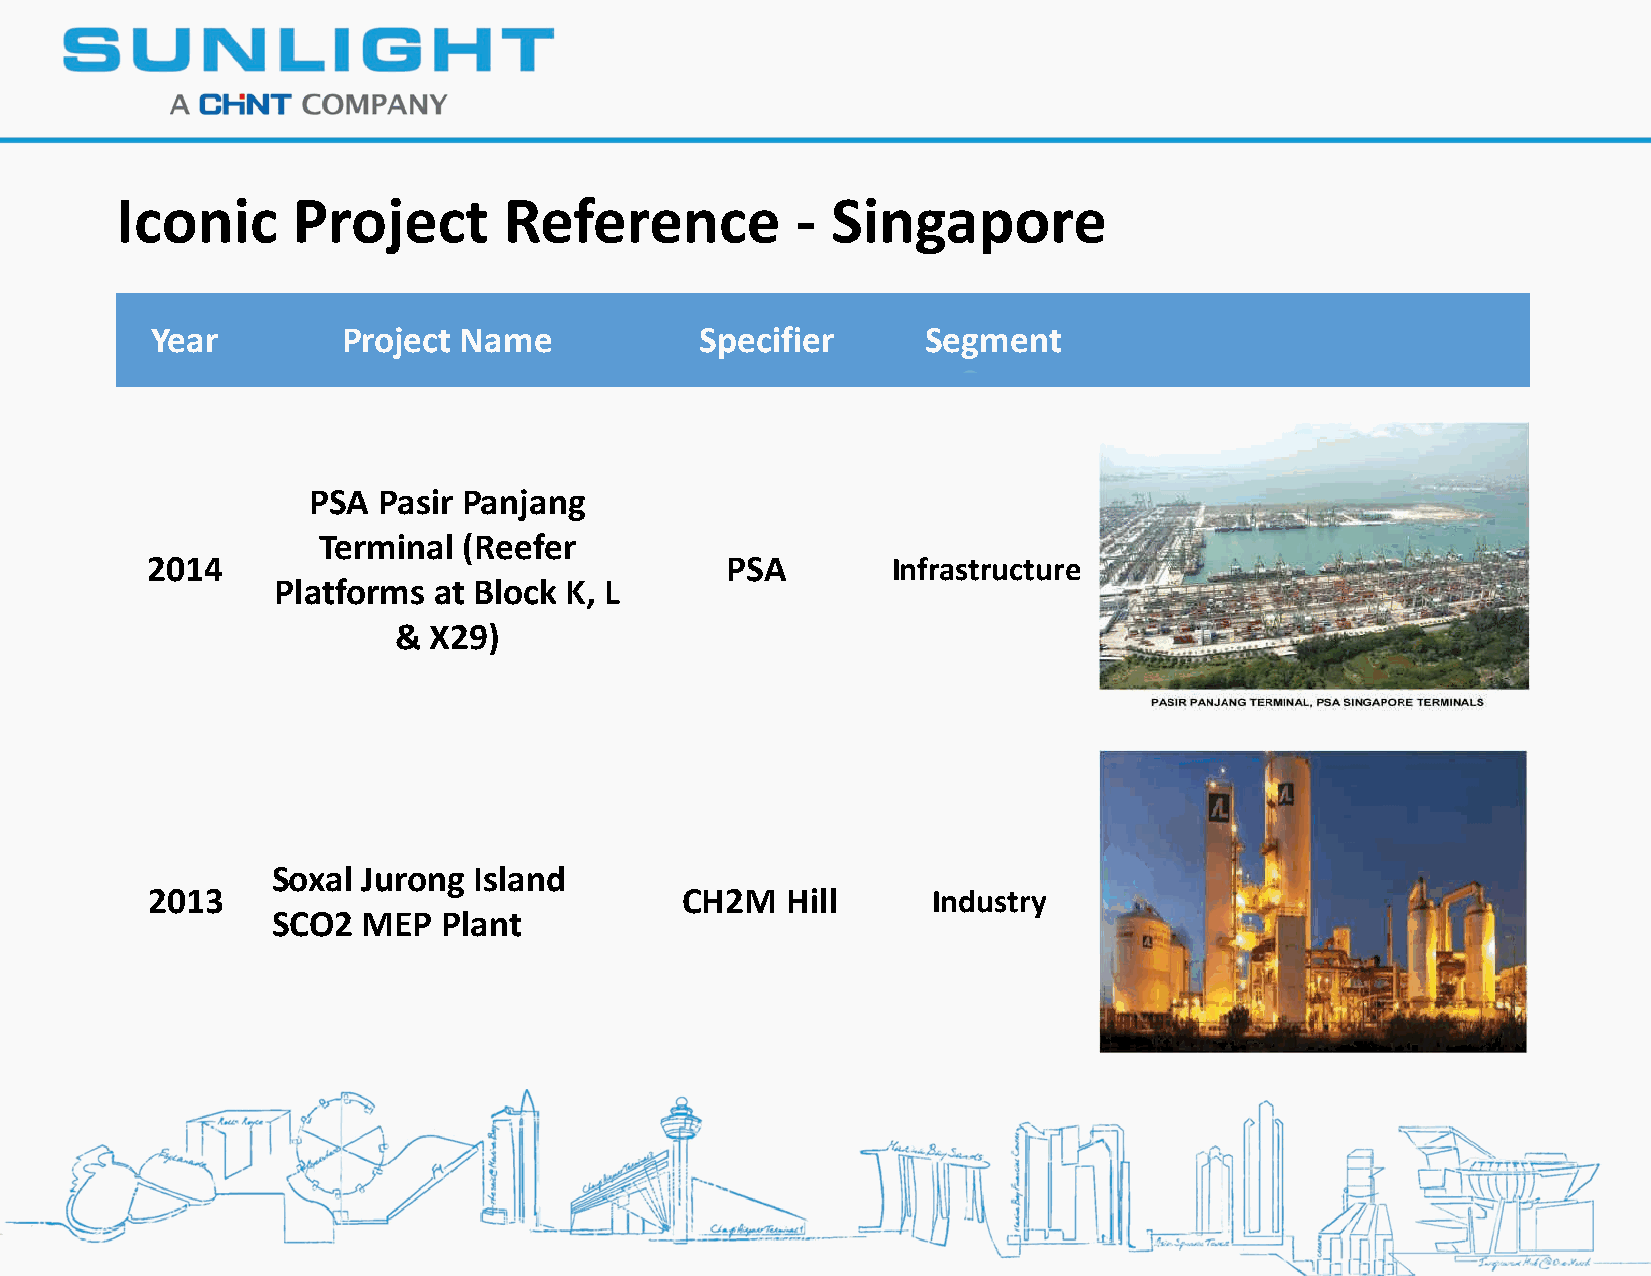
Iconic     Project       Reference           - Singapore
 Year         Project Name           Specifier      Segment
 PSA  Pasir Panjang
 Terminal  (Reefer
 2014                                  PSA        Infrastructure
 Platforms  at Block K, L
 & X29)
 Soxal Jurong Island
 2013                               CH2M   Hill      Industry
 SCO2  MEP  Plant